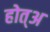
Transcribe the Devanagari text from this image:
होत्अ